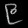
Digit: ၉